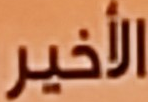
الـأخير